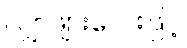
လျှာဖျားလေးဖြင့်